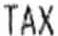
TAX